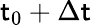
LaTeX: \mathsf{t}_{0}+\Delta\mathsf{t}